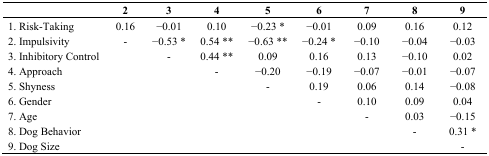
|  | 2 | 3 | 4 | 5 | 6 | 7 | 8 | 9 |
 | --- | --- | --- | --- | --- | --- | --- | --- | --- |
 | 1. Risk-Taking | 0.16 | −0.01 | 0.10 | −0.23 * | −0.01 | 0.09 | 0.16 | 0.12 |
 | 2. Impulsivity | - | −0.53 * | 0.54 ** | −0.63 ** | −0.24 * | −0.10 | −0.04 | −0.03 |
 | 3. Inhibitory Control |  | - | 0.44 ** | 0.09 | 0.16 | 0.13 | −0.10 | 0.02 |
 | 4. Approach |  |  | - | −0.20 | −0.19 | −0.07 | −0.01 | −0.07 |
 | 5. Shyness |  |  |  | - | 0.19 | 0.06 | 0.14 | −0.08 |
 | 6. Gender |  |  |  |  | - | 0.10 | 0.09 | 0.04 |
 | 7. Age |  |  |  |  |  | - | 0.03 | −0.15 |
 | 8. Dog Behavior |  |  |  |  |  |  | - | 0.31 * |
 | 9. Dog Size |  |  |  |  |  |  |  | - |